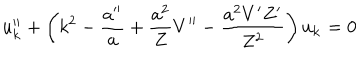
u _ { \bf k } ^ { \prime \prime } + \left( k ^ { 2 } - \frac { a ^ { \prime \prime } } { a } + \frac { a ^ { 2 } } { Z } V ^ { \prime \prime } - \frac { a ^ { 2 } V ^ { \prime } Z ^ { \prime } } { Z ^ { 2 } } \right) u _ { \bf k } = 0